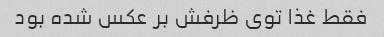
فقط غذا توی ظرفش بر عکس شده بود